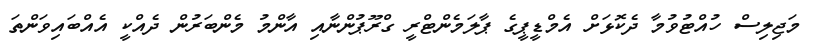
މަޖިލިސް ހުއްޓުވުމާ ދެކޮޅަށް އެމްޑީޕީގެ ޕާލަމެންޓްރީ ގްރޫޕުންނާއި އާންމު މެންބަރުން ދެއްކީ އެއްބައިވަންތަ